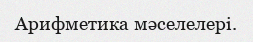
Арифметика мәселелері.